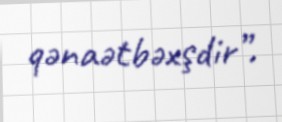
qənaətbəxşdir”.